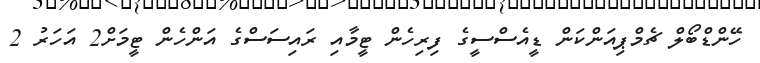
ހޭންޑްބޯލް ޗެމްޕިއަންކަން ޑީއެސްސީގެ ފިރިހެން ޓީމާއި ރައިސަސްގެ އަންހެން ޓީމަށް2 އަހަރު 2